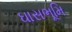
ઘાસભૂમિ